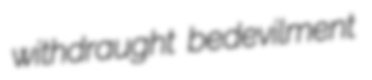
withdraught bedevilment